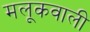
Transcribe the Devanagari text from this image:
मलूकवाली